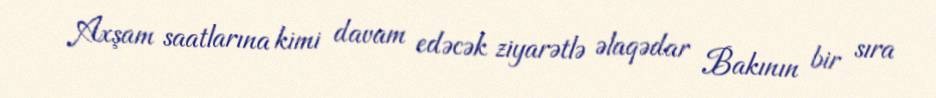
Axşam saatlarına kimi davam edəcək ziyarətlə əlaqədar Bakının bir sıra